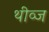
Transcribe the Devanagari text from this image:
थीव्ज